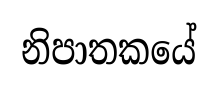
නිපාතකයේ